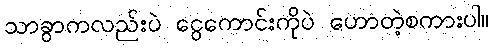
သာခွာကလည်းပဲ ငွေကောင်းကိုပဲ ဟောတဲ့စကားပါ။